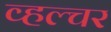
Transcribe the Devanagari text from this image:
व्हल्चर